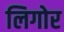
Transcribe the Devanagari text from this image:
लिगोर